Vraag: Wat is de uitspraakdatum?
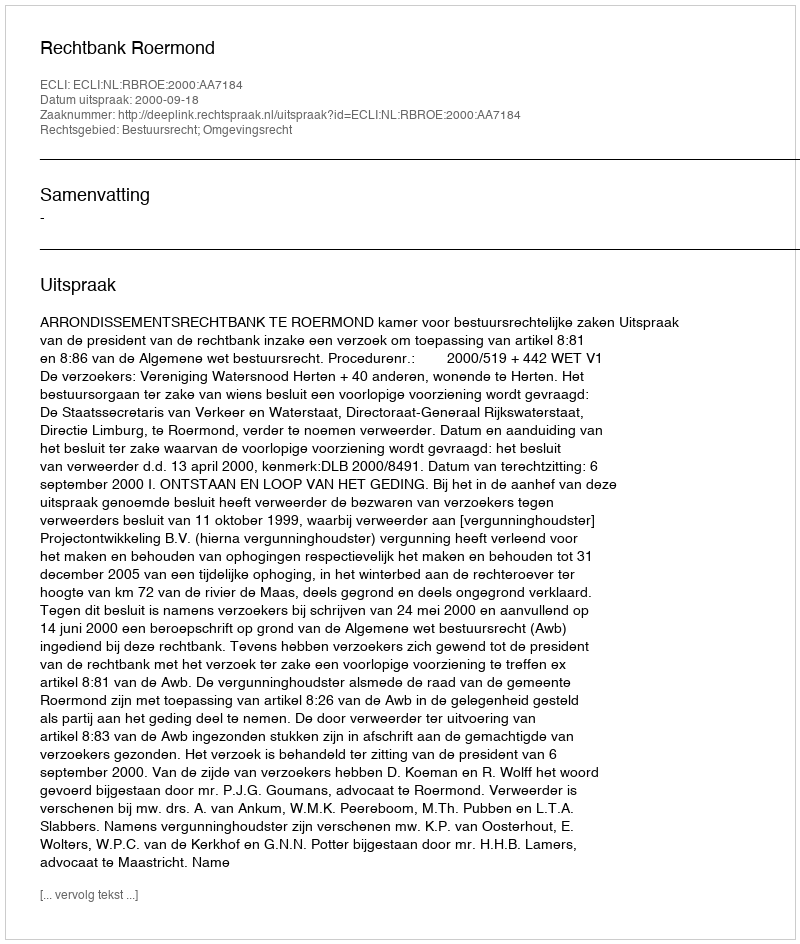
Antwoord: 2000-09-18